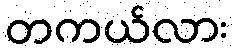
တကယ်လား